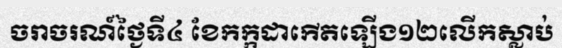
ចរាចរណ៍ថ្ងៃទី៤ ខែកក្កដាកើតឡើង១២លើកស្លាប់